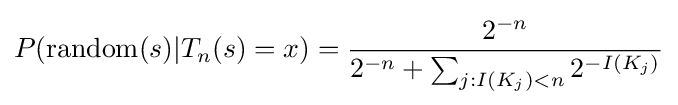
P(\operatorname {random} (s)|T_{n}(s)=x)={\frac {2^{-n}}{2^{-n}+\sum _{j:I(K_{j})<n}2^{-I(K_{j})}}}